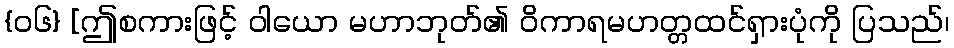
{၀၆} [ဤစကားဖြင့် ဝါယော မဟာဘုတ်၏ ဝိကာရမဟတ္တထင်ရှားပုံကို ပြသည်၊